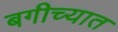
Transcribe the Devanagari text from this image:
बगीच्यात